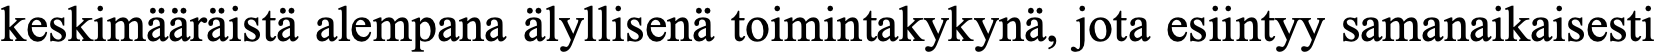
keskimääräistä alempana älyllisenä toimintakykynä, jota esiintyy samanaikaisesti